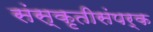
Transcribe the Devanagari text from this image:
संस्कृतीसंपर्क